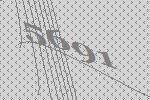
5691